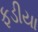
ફડીયા